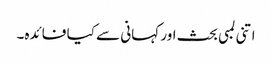
اتنی لمبی بحث اور کہانی سے کیا فائدہ۔